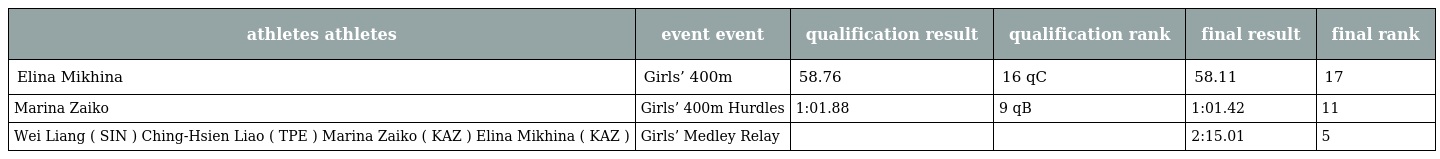
| athletes athletes | event event | qualification result | qualification rank | final result | final rank |
 | --- | --- | --- | --- | --- | --- |
 | Elina Mikhina | Girls’ 400m | 58.76 | 16 qC | 58.11 | 17 |
 | Marina Zaiko | Girls’ 400m Hurdles | 1:01.88 | 9 qB | 1:01.42 | 11 |
 | Wei Liang ( SIN ) Ching-Hsien Liao ( TPE ) Marina Zaiko ( KAZ ) Elina Mikhina ( KAZ ) | Girls’ Medley Relay |  |  | 2:15.01 | 5 |